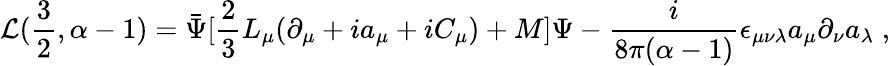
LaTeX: {\cal L}(\frac{3}{2},\alpha-1)=\bar{\Psi}[\frac{2}{3}L_{\mu}(\partial_{\mu}+ia_{\mu}+iC_{\mu})+M]\Psi-\frac{i}{8\pi(\alpha-1)}\epsilon_{\mu\nu\lambda}a_{\mu}\partial_{\nu}a_{\lambda}\; ,